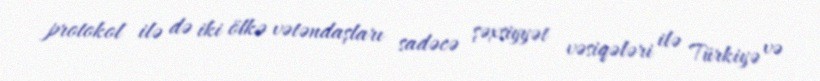
protokol ilə də iki ölkə vətəndaşları sadəcə şəxsiyyət vəsiqələri ilə Türkiyə və